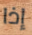
إذا